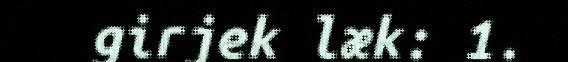
girjek læk: 1.